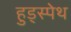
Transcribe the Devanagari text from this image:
हुड्स्पेथ